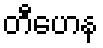
တီဟေန